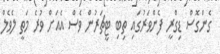
ގެންގޮސް ޑިގްރީ ފެންވަރުގައި ތިބި ޓީޗަރުން ވެސް އެއަށް ވުރެ މަތީ ލެވެލް